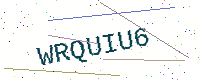
Text: WRQUIU6